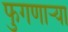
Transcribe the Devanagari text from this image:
फुगणार्‍या